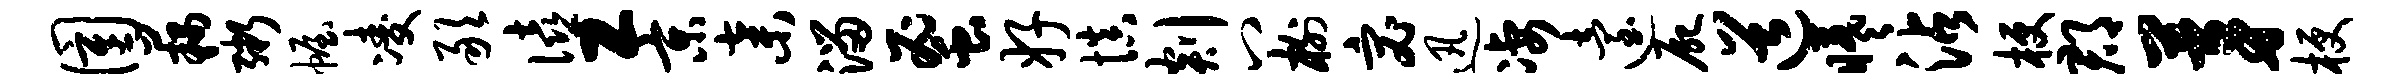
圉藕粥幄凌敢僖工京弃溜蜜好慎剡八榭宓迅凄迨尸道曦沾梗郡茅梗